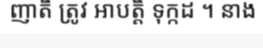
ញាតិ ត្រូវ អាបត្តិ ទុក្កដ ។ នាង